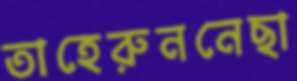
তাহেরুননেছা